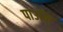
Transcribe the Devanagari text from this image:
पाउनि